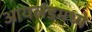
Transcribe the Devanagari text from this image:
आयलंडमध्ये